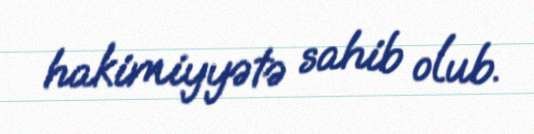
hakimiyyətə sahib olub.